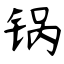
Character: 锅